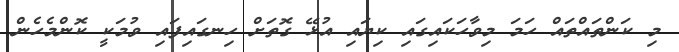
މި ކަންތައްތައް ހަމަ މިވާހަކައިގައި ކިޔައި އުޅޭ ގޮތަށް ހިނގައިފައި ވުމަކީ ކޮންމެހެން